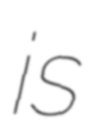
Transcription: is